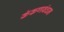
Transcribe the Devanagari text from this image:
कंकणबंधन